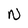
Character: N